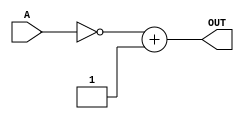
`timescale 1ns / 1ps
//////////////////////////////////////////////////////////////////////////////////
// Company: 
// Engineer: 
// 
// Design Name: 
// Module Name:    compliment2 
// Project Name: 
// Target Devices: 
// Tool versions: 
// Description: 
//
// Dependencies: 
//
// Revision: 
// Revision 0.01 - File Created
// Additional Comments: 
//
//////////////////////////////////////////////////////////////////////////////////
module compliment2(A,OUT);
input [3:0] A;
output [3:0] OUT;
assign OUT = ~(A) + 1;
endmodule